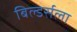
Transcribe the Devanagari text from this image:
बिल्डर्सला